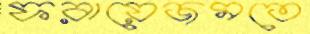
ফরায়েজমতে